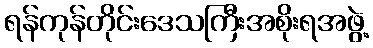
ရန်ကုန်တိုင်းဒေသကြီးအစိုးရအဖွဲ့